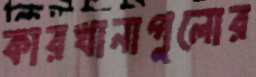
কারখানাগুলোর